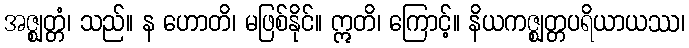
အဇ္ဈတ္တံ၊ သည်။ န ဟောတိ၊ မဖြစ်နိုင်။ ဣတိ၊ ကြောင့်။ နိယကဇ္ဈတ္တပရိယာယဿ၊